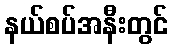
နယ်စပ်အနီးတွင်